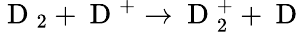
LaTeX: \mathrm{~D~}_{2}+\mathrm{~D~}^{+}\rightarrow\mathrm{~D~}_{2}^{+}+\mathrm{~D~}